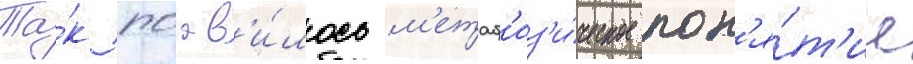
Та́к поав'и́лось м'етаф'из'и́ческое пон'я́т'ие